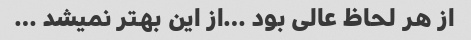
از هر لحاظ عالی بود …از این بهتر نمیشد …